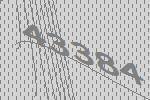
43384